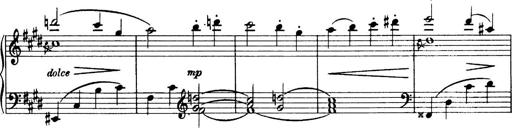
Title: 3 Sonatinas, Op.67
Composer: Jean Sibelius